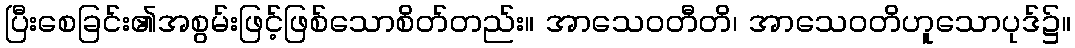
ပြီးစေခြင်း၏အစွမ်းဖြင့်ဖြစ်သောစိတ်တည်း။ အာသေဝတီတိ၊ အာသေဝတိဟူသောပုဒ်၌။